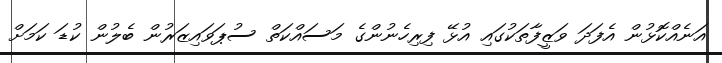
އަނެއްކޮޅުން އެފަދަ ވަޒީފާތަކުގައި އުޅޭ ފިރިހެނުންގެ މަސައްކަތް ސުޕަވައިޒަރުން ބެލުން ކުޑަ ކަމަށް